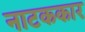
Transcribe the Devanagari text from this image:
नाटककार